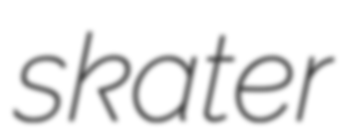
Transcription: skater